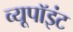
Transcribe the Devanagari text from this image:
व्यूपॉइंट